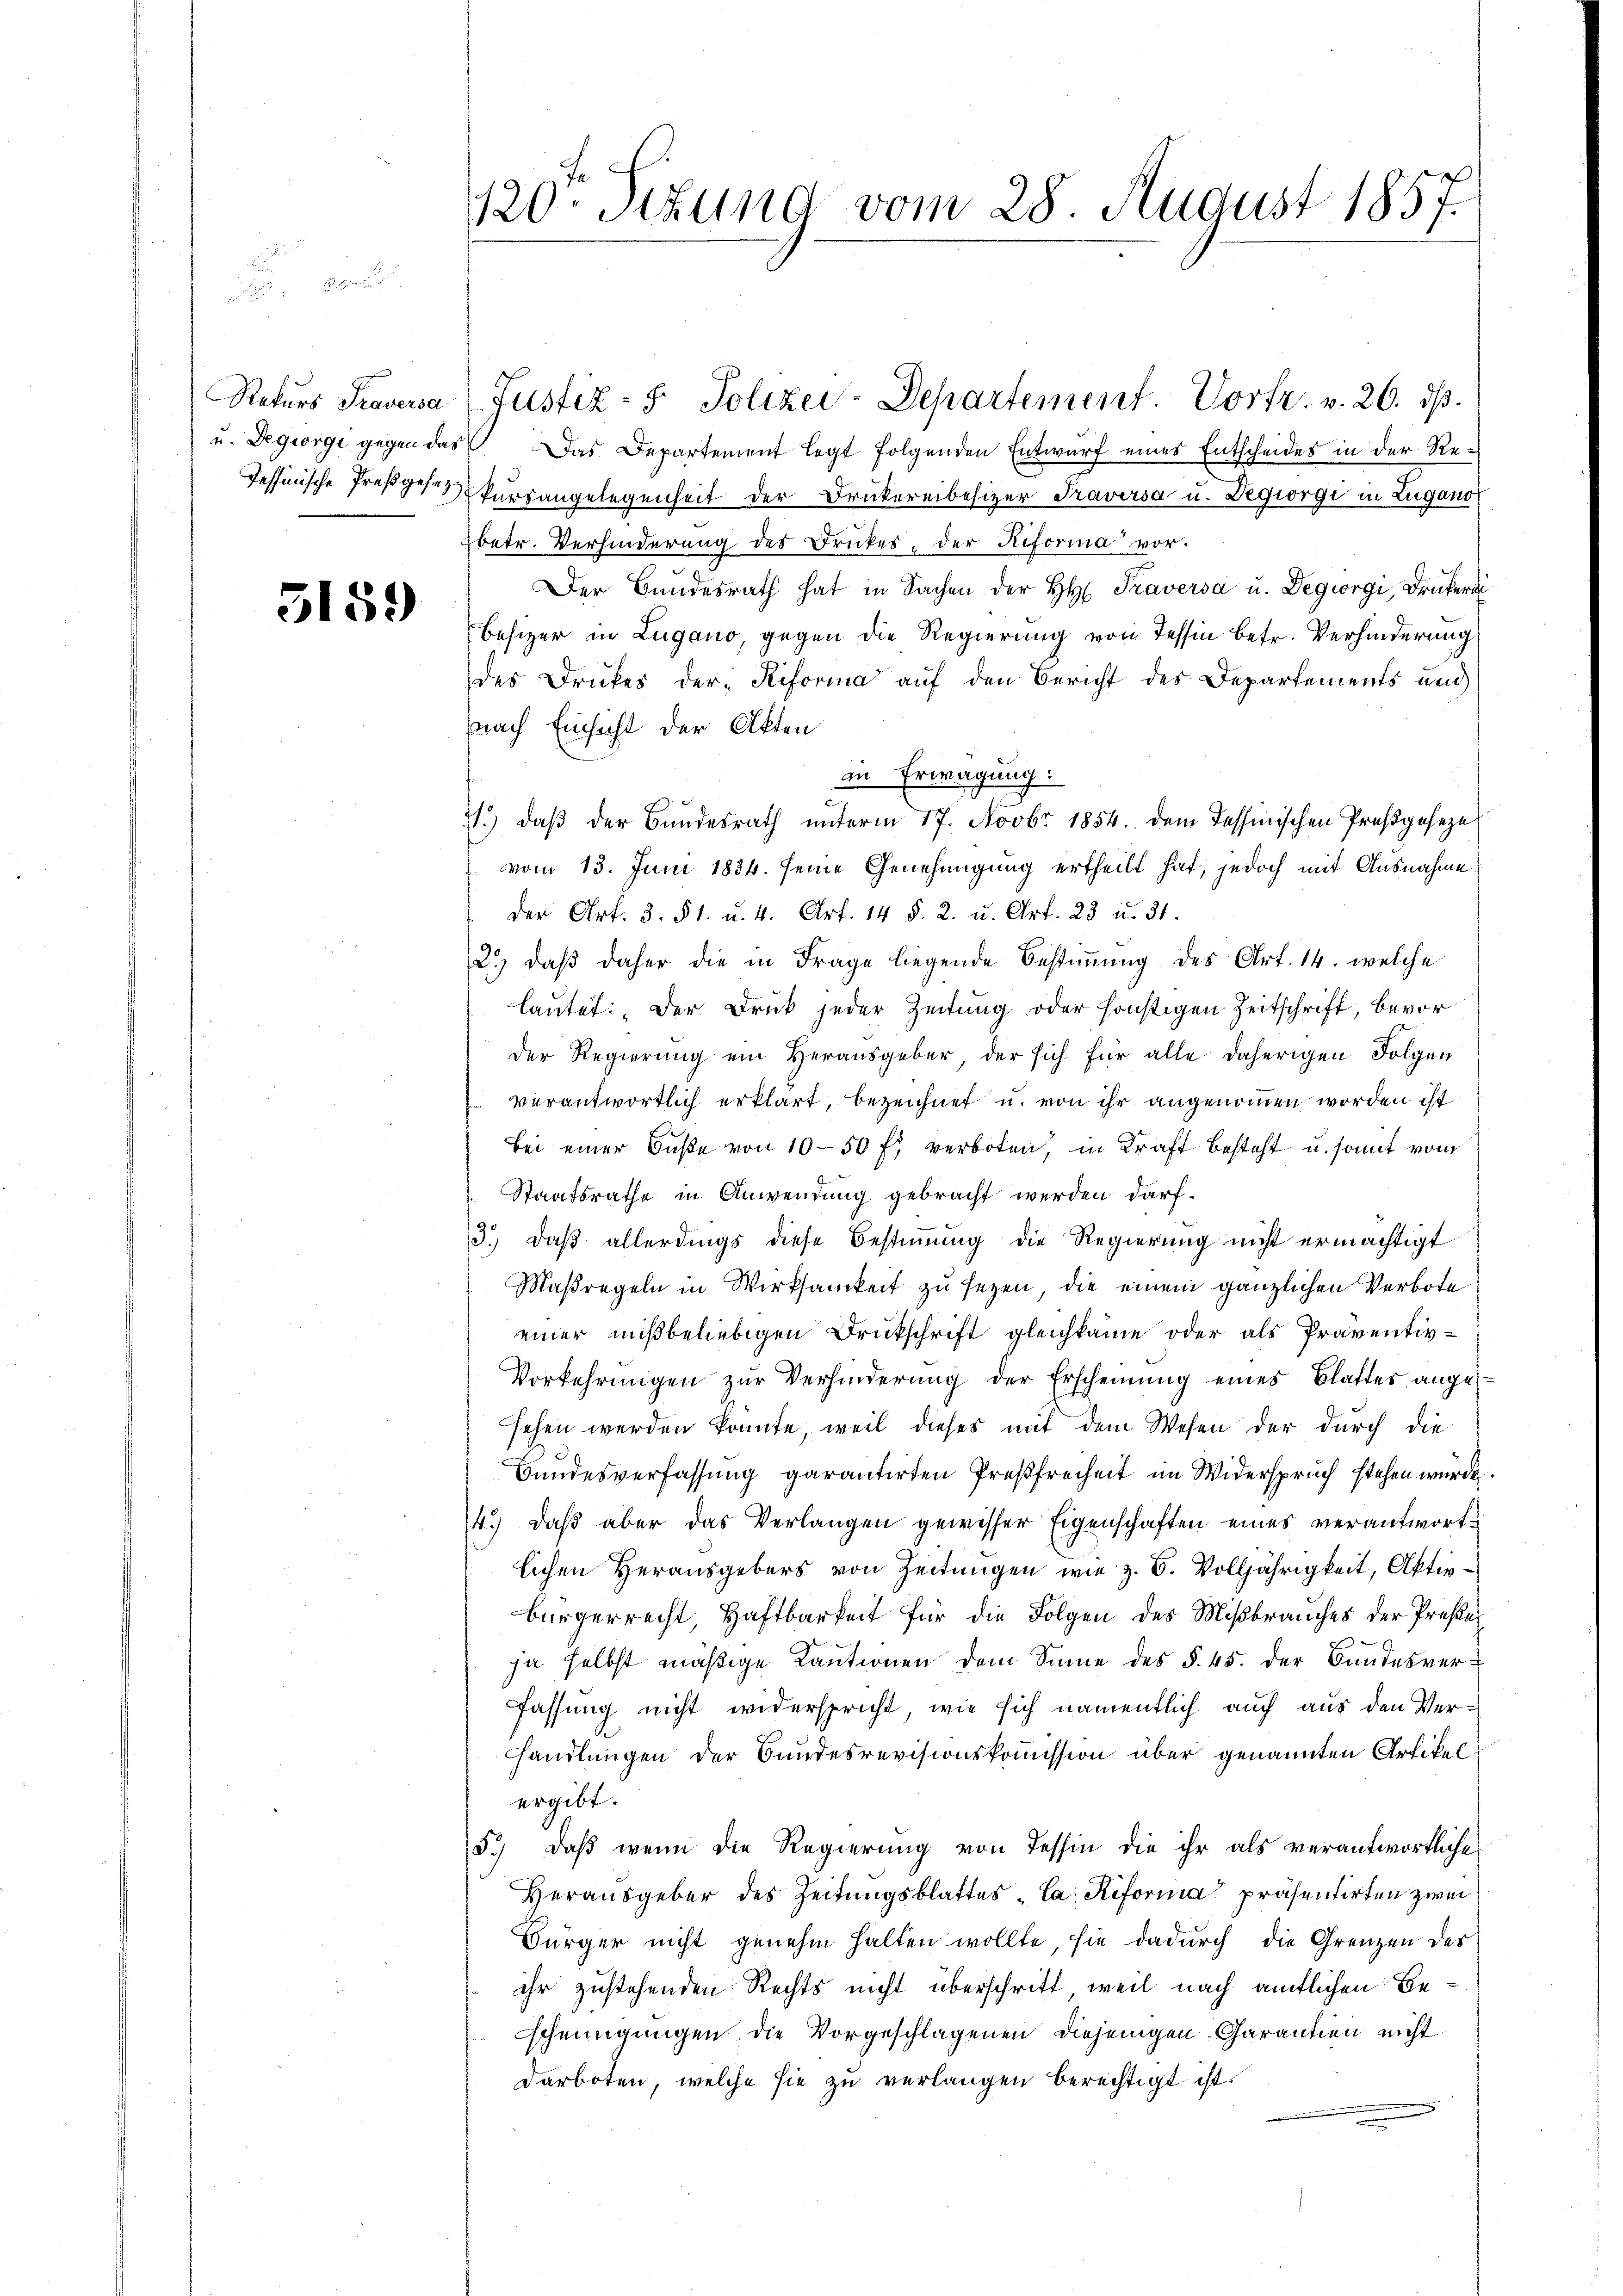
u. Degiorgi gegen das

3159

Das Departement legt folgenden Entwurf eines Entscheides in der Re¬
Tessinische Preßgesetz kursangelegenheit der Drukereibesizer Traversa u. Degiorgi in Zugano
betr. Verhinderung des Druckes, der Riforma vor.
Der Bundesrath hat in Sachen der H. Traversa u. Degiorgi, Drukeri
Besizer in Lugano, gegen die Regierung von Tessin betr. Verhinderung,
des Druckes der Riforma auf den Bericht des Departements und
nach Einsicht der Akten
in Erwägung:
1. daβ der Bundesrath ŭnterm 17. Novbr 1854. dem Tessinischen Preßgeseze
vom 13. Juni 1834. seine Genehmigung ertheilt hat, jedoch mit Ausnahme
der Art. 3. § 1. u. 4. Art. 14 §. 2. u. Art. 23 u. 31.
2.) daß daher die in Frage liegende Bestimmung des Art. 14. welche
lautet: „Der Druck jeder Zeitung oder sonstigen Zeitschrift, bevor
der Regierung ein Herausgeber, der sich für alle daherigen Folgen
verantwortlich erklärt, bezeichnet u. von ihr angenommen worden ist
Bei einer Buße von 10-50 f. verboten, in Kraft besteht u. somit vom
Staatsrathe in Anwendung gebracht werden darf.
3.) Daß allerdings diese Bestimmung die Regierung nicht ermächtigt
Maßregeln in Wirksamkeit zu seyen, die einem gänzlichen Verbote
einer mißbeliebigen Druckschrift gleichkamme oder als Präventiv¬
Vorkehrŭngen zŭr Verhinderŭng der Erscheinŭng eines Blatter ange-
sehen werden könnte, weil dieses mit dem Wesen der durch die
Bundesverfassung garantirten Preßfreiheit im Widerspruch stehen würde.
4.) Daß aber das Verlangen gewisser Eigenschaften eines verantwortlichen Herausgebers von Zeitungen wie z. B. Volljährigkeit, Aktivbürgerrecht, Haftbarkeit für die Folgen des Mißbrauches der Preße
ja selbst mäßige Kautionen dem Sinne des §. 45. der Bundesverfassung nicht widerspricht, wie sich namentlich auch aus den Verhandlungen der Bundesrevisionskommission über genannten Artikel
ergibt.
5.) Daß wenn die Regierung von Tessin die ihr als verantwortliches
Herausgeber des Zeitungsblattes "Ca: Reforma präsentirten zwei
Bürger nicht genehm halten wollte, sie dadurch die Grenzen des
ihr zustehenden Rechts nicht überschritt, weil nach amtlichen Bescheinigungen die Vorgeschlagenen diejenigen-Carantien nicht
Darboten, welche sie zu verlangen berechtigt ist.

120. Sekund vom 28. August 1857.

Rekŭrs Traversa (Justiz- & Polizei-Departement. Vorfr. v. 26. dβ.